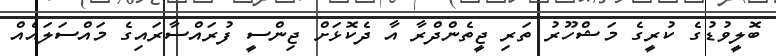
ބޮލީވުޑުގެ ކުރީގެ މަޝްހޫރު ތަރި ޖީތެންދްރާ އާ ދެކޮޅަށް ޖިންސީ ފުރައްސާރައިގެ މައްސަލައެއް